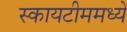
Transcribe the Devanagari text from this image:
स्कायटीममध्ये